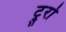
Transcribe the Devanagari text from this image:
ट्रुरो